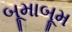
બૂમાબૂમ